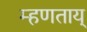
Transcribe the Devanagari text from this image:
म्हणताय्